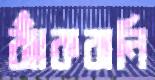
ঝাঁকরানি